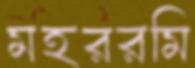
মহররমি